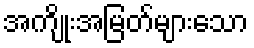
အကျိုးအမြတ်များသော